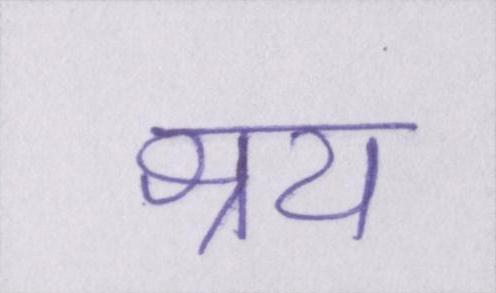
क्षय